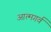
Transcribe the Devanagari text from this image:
आत्मगर्व